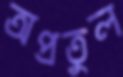
অপ্রতুল